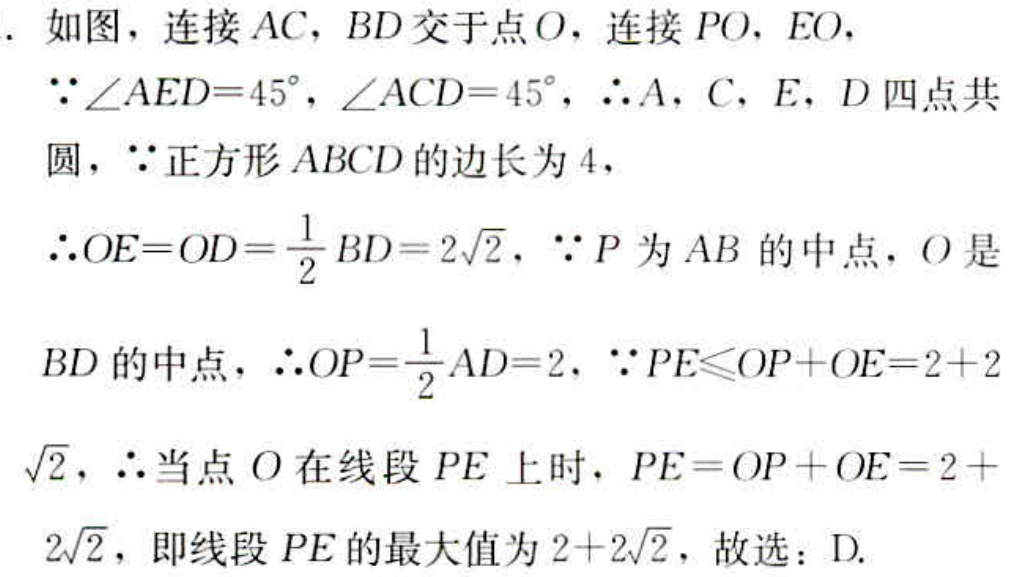
. 如图，连接 \(AC\)，\(BD\) 交于点 \(O\)，连接 \(PO\)，\(EO\)，
\(\because\angle AED = 45^{\circ}\)，\(\angle ACD = 45^{\circ}\)，\(\therefore A\)，\(C\)，\(E\)，\(D\) 四点共
圆，\(\because\) 正方形 \(ABCD\) 的边长为 \(4\)，
\(\therefore OE = OD=\frac{1}{2}BD = 2\sqrt{2}\)，\(\because P\) 为 \(AB\) 的中点，\(O\) 是
\(BD\) 的中点，\(\therefore OP=\frac{1}{2}AD = 2\)，\(\because PE\leqslant OP + OE=2 + 2\)
\(\sqrt{2}\)，\(\therefore\) 当点 \(O\) 在线段 \(PE\) 上时，\(PE = OP + OE = 2+\)
\(2\sqrt{2}\)，即线段 \(PE\) 的最大值为 \(2 + 2\sqrt{2}\)，故选：D.